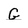
Character: G